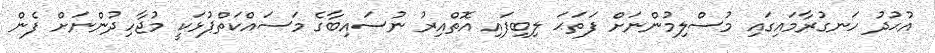
އުޙުދު ހަނގުރާމައިގައި މުސްލިމުންނަށް ފަތަޙަ ލިބިފައި އޮތްއިރު ނުސައިބާގެ މަސައްކަތްޕުޅަކީ މުޖާހިދުންނަށް ފެން